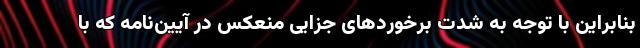
بنابراین با توجه به شدت برخوردهای جزایی منعکس در آیین‌نامه که با